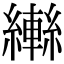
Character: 𦆕